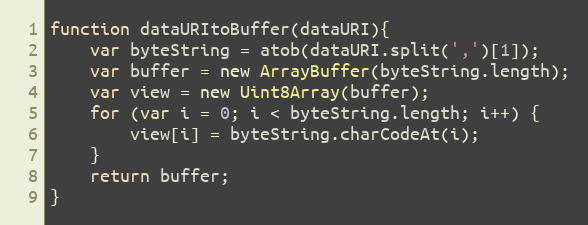
Language: JavaScript
function dataURItoBuffer(dataURI){
    var byteString = atob(dataURI.split(',')[1]);
    var buffer = new ArrayBuffer(byteString.length);
    var view = new Uint8Array(buffer);
    for (var i = 0; i < byteString.length; i++) {
        view[i] = byteString.charCodeAt(i);
    }
    return buffer;
}